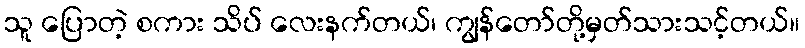
သူ ပြောတဲ့ စကား သိပ် လေးနက်တယ်၊ ကျွန်တော်တို့မှတ်သားသင့်တယ်။